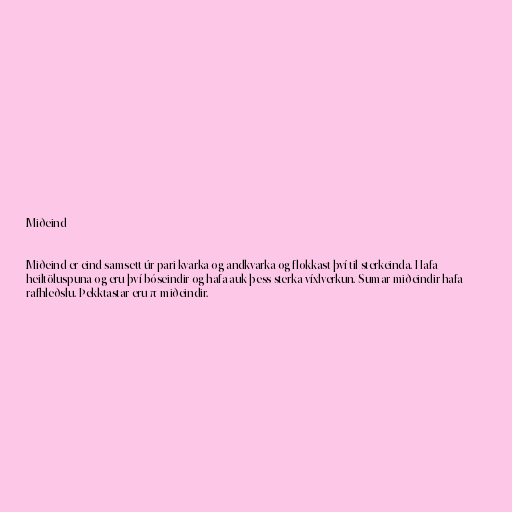
Miðeind

Miðeind er eind samsett úr pari kvarka og andkvarka og flokkast því til sterkeinda. Hafa
heiltöluspuna og eru því bóseindir og hafa auk þess sterka víxlverkun. Sumar miðeindir hafa
rafhleðslu. Þekktastar eru π-miðeindir.